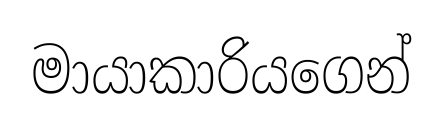
මායාකාරියගෙන්